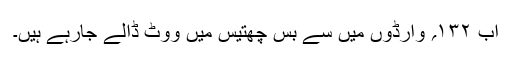
اب ۱۳۲؍ وارڈوں میں سے بس چھتیس میں ووٹ ڈالے جارہے ہیں۔